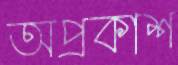
অপ্রকাশ